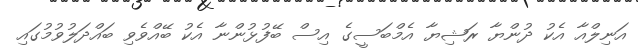
އަނިލްއާ އެކު ދުންޔާ ރަޝިޔާ އެމްބަސީގެ އިސް ބޭފުޅުންނާ އެކު ބޭއްވެވި ބައްދަލުވުމުގައި